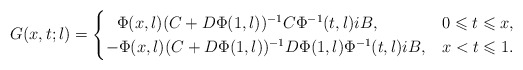
\begin{align*} G(x,t;\l) = \begin{cases} \ \ \Phi(x,\l) (C+D\Phi(1,\l))^{-1} C \Phi^{-1}(t,\l) i B, & 0 \leqslant t \leqslant x, \\ -\Phi(x,\l) (C+D\Phi(1,\l))^{-1} D \Phi(1,\l) \Phi^{-1}(t,\l) i B, & x < t \leqslant 1. \end{cases}\end{align*}